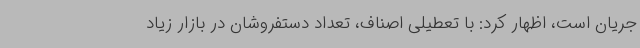
جریان است، اظهار کرد: با تعطیلی اصناف، تعداد دستفروشان در بازار زیاد